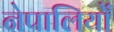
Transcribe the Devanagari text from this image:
नेपालियोँ